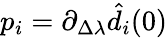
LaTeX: p_{i}=\partial_{\Delta\lambda}\hat{d}_{i}(0)